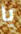
يا